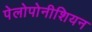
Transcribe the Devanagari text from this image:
पेलोपोनीशियन